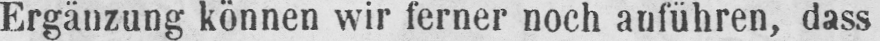
Ergänzung können wir ferner noch anführen, dass